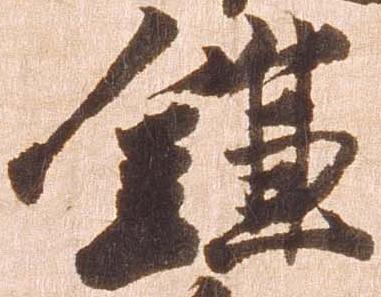
鎌